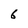
Character: 6